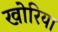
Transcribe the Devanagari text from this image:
खोरिया